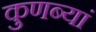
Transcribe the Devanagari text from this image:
कुणब्यां